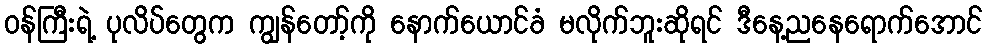
ဝန်ကြီးရဲ့ ပုလိပ်တွေက ကျွန်တော့်ကို နောက်ယောင်ခံ မလိုက်ဘူးဆိုရင် ဒီနေ့ညနေရောက်အောင်